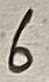
Text: 6